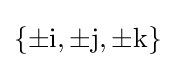
\{\pm \mathrm {i} ,\pm \mathrm {j} ,\pm \mathrm {k} \}